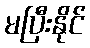
မပြီးနိုင်